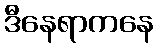
ဒီနေရာကနေ